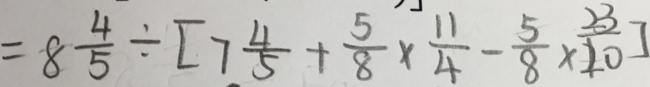
= 8 \frac { 4 } { 5 } \div [ 7 \frac { 4 } { 5 } + \frac { 5 } { 8 } \times \frac { 1 1 } { 4 } - \frac { 5 } { 8 } \times \frac { 2 3 } { 2 0 } ]